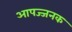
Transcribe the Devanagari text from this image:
आपज्जनक